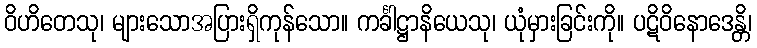
ဝိဟိတေသု၊ များသောအပြားရှိကုန်သော။ ကင်္ခါဋ္ဌာနိယေသု၊ ယုံမှားခြင်းကို။ ပဋိဝိနောဒေန္တိ၊